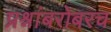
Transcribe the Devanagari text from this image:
प्रश्नांबरोबरच